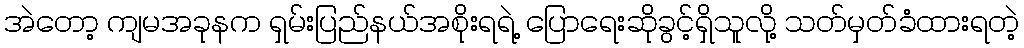
အဲတော့ ကျမအခုနက ရှမ်းပြည်နယ်အစိုးရရဲ့ ပြောရေးဆိုခွင့်ရှိသူလို့ သတ်မှတ်ခံထားရတဲ့